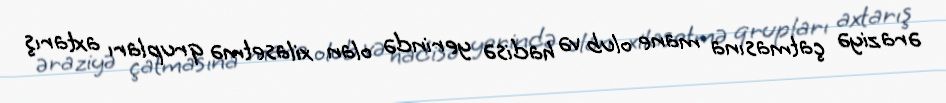
əraziyə çatmasına mane olub və hadisə yerində olan xilasetmə qrupları axtarış